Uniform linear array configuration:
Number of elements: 64
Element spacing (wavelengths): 1
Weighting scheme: cosine
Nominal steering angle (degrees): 0
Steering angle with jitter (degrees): -0.1046
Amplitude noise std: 0.05
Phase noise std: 0.05

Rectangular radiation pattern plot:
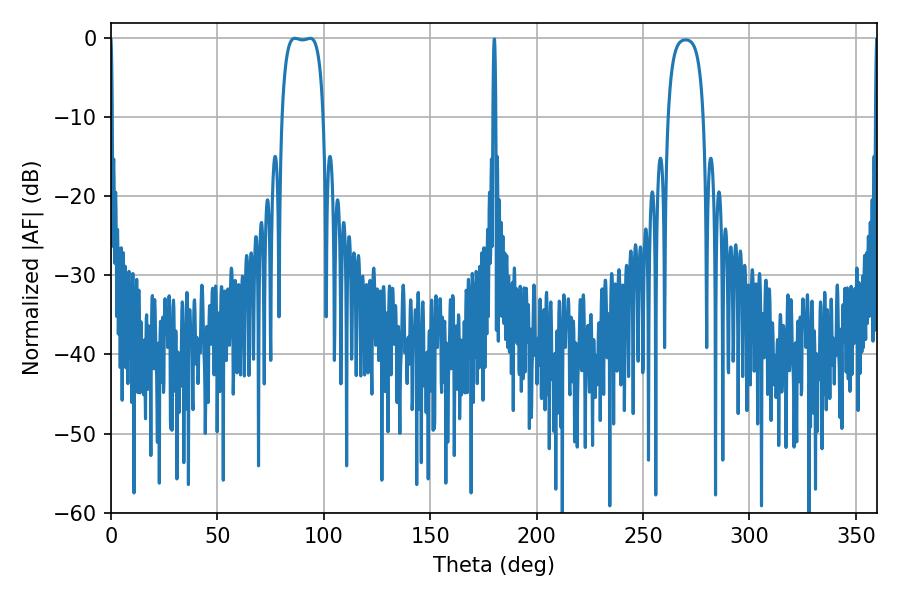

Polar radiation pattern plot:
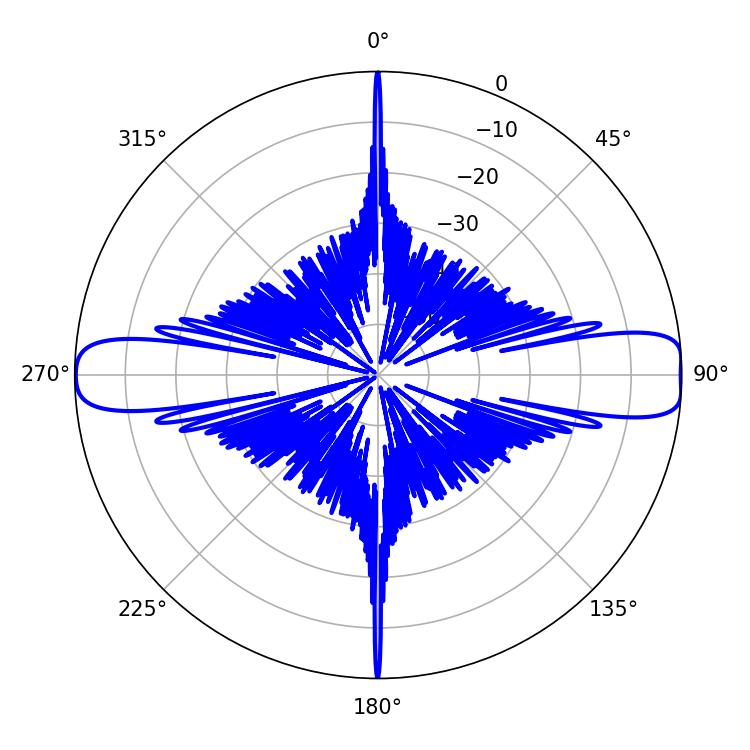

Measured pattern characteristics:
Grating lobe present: TRUE
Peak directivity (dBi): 14.576
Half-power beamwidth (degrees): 15.48
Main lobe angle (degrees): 86.4